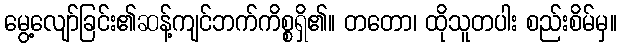
မွေ့လျော်ခြင်း၏ဆန့်ကျင်ဘက်ကိစ္စရှိ၏။ တတော၊ ထိုသူတပါး စည်းစိမ်မှ။